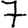
Digit: 7